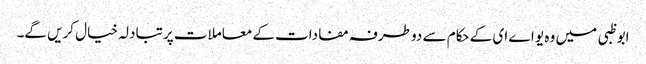
ابو ظبی میں وہ یو اے ای کے حکام سے دو طرفہ مفادات کے معاملات پر تبادلہ خیال کریں گے۔